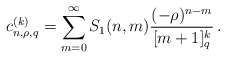
\begin{align*} c_{n,\rho,q}^{(k)}=\sum_{m=0}^\infty S_1(n,m)\frac{(-\rho)^{n-m}}{[m+1]_q^k}\,. \end{align*}